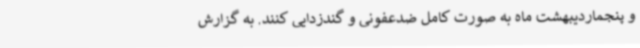
و پنجماردیبهشت ماه به صورت کامل ضدعفونی و گندزدایی کنند. به گزارش